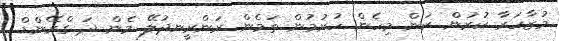
މުޒާހަރާ ކުރުން. ކަން މިހެން ހުރުމުން ތަމެން ރަންރީނދުލޭ މެން ދަ ގްރޭންޑް